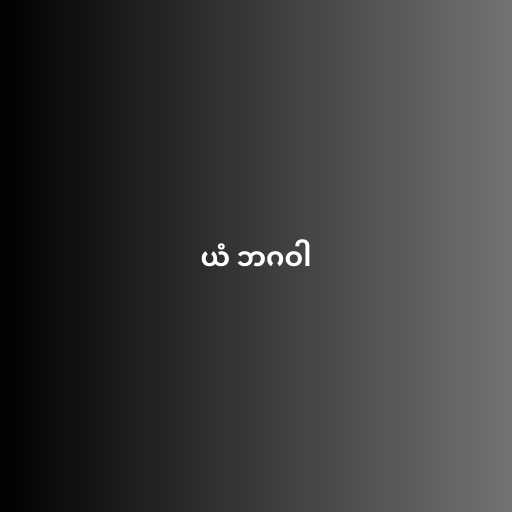
ယံ ဘဂဝါ